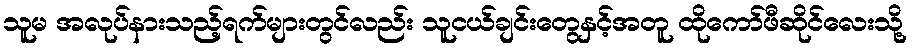
သူမ အလုပ်နားသည့်ရက်များတွင်လည်း သူငယ်ချင်းတွေနှင့်အတူ ထိုကော်ဖီဆိုင်လေးသို့